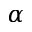
\alpha